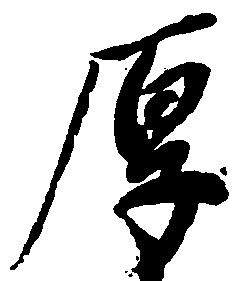
厚